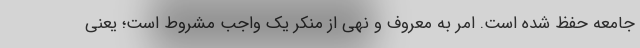
جامعه حفظ شده است. امر به معروف و نهی از منکر یک واجب مشروط است؛ یعنی